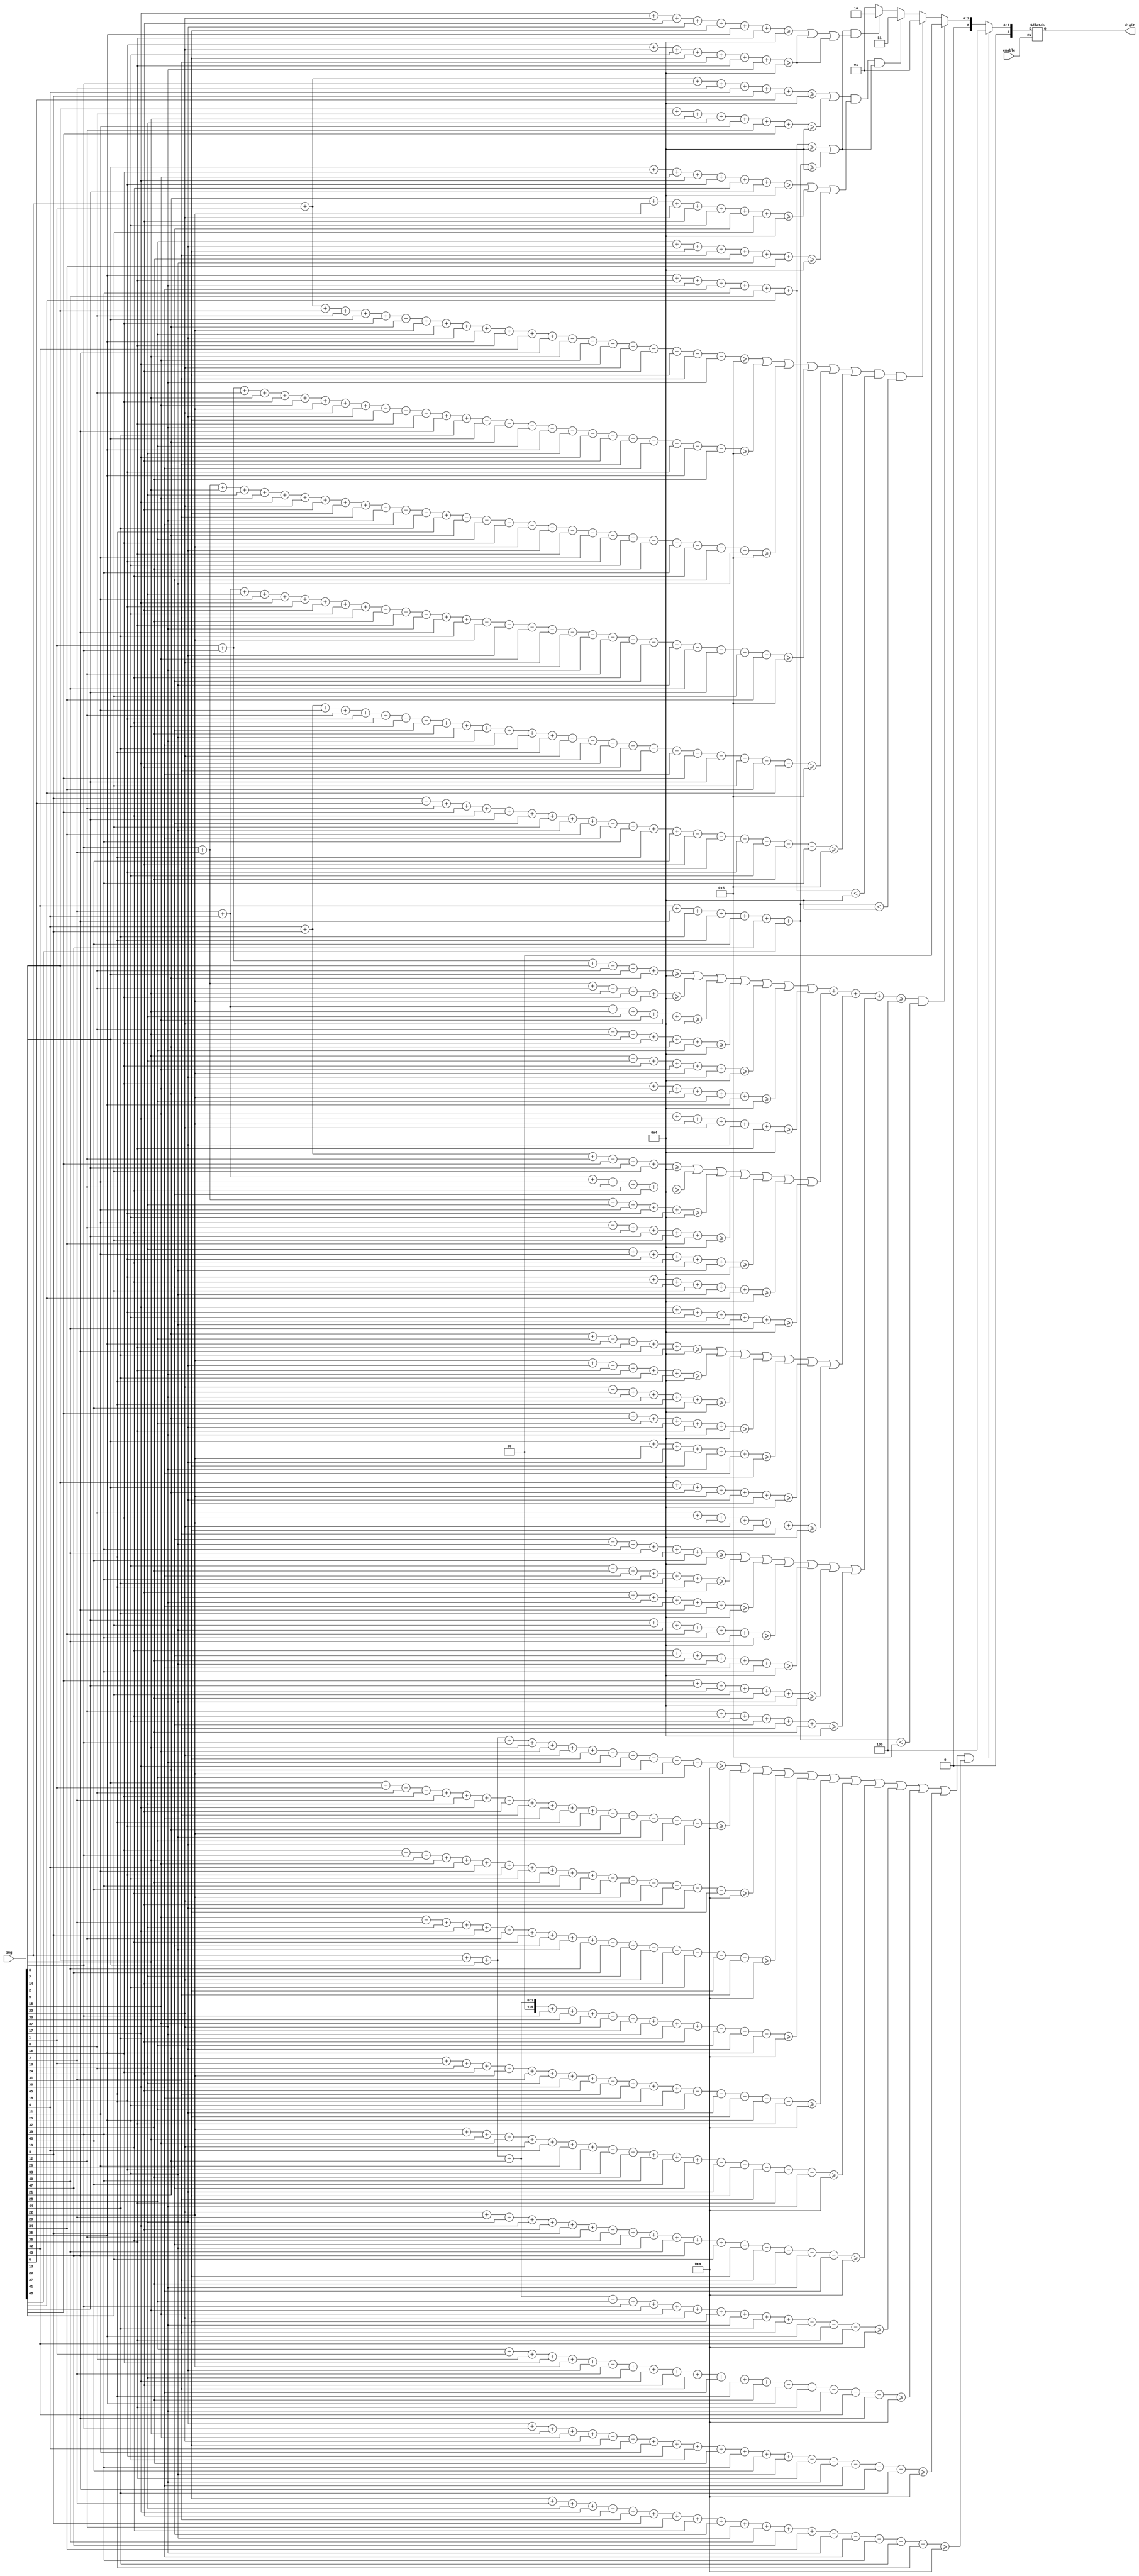
module predict(enable,img,digit);
	
	input enable;
	input [48:0] img;
	output reg [3:0] digit;
	
	wire signed [5:0] vert1, vert2, vert3, vert4, vert5, vert6,
						   curveul1, curveul2, curveul3, curveul4, curveul5, curveul6, curveul7,
						   curveur1, curveur2, curveur3, curveur4, curveur5, curveur6, curveur7,
						   curvell1, curvell2, curvell3, curvell4, curvell5, curvell6, curvell7,
						   curvelr1, curvelr2, curvelr3, curvelr4, curvelr5, curvelr6, curvelr7,
							horzh1, horzh2, horzm1, horzm2, horzm3, horzl1, horzl2,
						   fourm1, fourm2, fourm3, fourm4, fourh1, fourh2, fourh3, fourh4, fourl1, fourl2, fourl3, fourl4,
						   diag1, diag2, diag3;				 
	wire is0, is1, is2, is3, is4;

	wire signed [5:0] thresh0, thresh1, thresh2, thresh3, thresh4;
	assign thresh0 = 6'd4;
	assign thresh1 = 6'd5;
	assign thresh2 = 6'd3;
	assign thresh3 = 6'd4;
	assign thresh4 = 6'd10;
	
	assign vert1 = {5'b0,img[0]} + {5'b0,img[1]} + {5'b0,img[7]} + {5'b0,img[8]} + {5'b0,img[14]} + {5'b0,img[15]} + {5'b0,img[21]} + {5'b0,img[22]}
				+{5'b0,img[28]} + {5'b0,img[29]} + {5'b0,img[35]} + {5'b0,img[36]} + {5'b0,img[42]} + {5'b0,img[43]} - {5'b0,img[9]}
			   -{5'b0,img[16]} - {5'b0,img[17]} - {5'b0,img[23]} - {5'b0,img[24]} - {5'b0,img[30]} - {5'b0,img[31]} - {5'b0,img[37]} ;
	assign vert2 = {5'b0,img[1]} + {5'b0,img[2]} + {5'b0,img[8]} + {5'b0,img[9]} + {5'b0,img[15]} + {5'b0,img[16]} + {5'b0,img[22]} + {5'b0,img[23]}
				+ {5'b0,img[29]} + {5'b0,img[30]} + {5'b0,img[36]} + {5'b0,img[37]} + {5'b0,img[43]} + {5'b0,img[44]} - {5'b0,img[14]}
				- {5'b0,img[21]} - {5'b0,img[28]} - {5'b0,img[35]} - {5'b0,img[10]} - {5'b0,img[17]} - {5'b0,img[24]} - {5'b0,img[31]}
				- {5'b0,img[38]} - {5'b0,img[18]} - {5'b0,img[35]} - {5'b0,img[32]} ;
	assign vert3 = {5'b0,img[2]} + {5'b0,img[3]} + {5'b0,img[9]} + {5'b0,img[10]} + {5'b0,img[16]} + {5'b0,img[17]} + {5'b0,img[23]} + {5'b0,img[24]}
				+ {5'b0,img[30]} + {5'b0,img[31]} + {5'b0,img[37]} + {5'b0,img[38]} + {5'b0,img[44]} + {5'b0,img[45]} - {5'b0,img[21]}
				- {5'b0,img[28]} - {5'b0,img[15]} - {5'b0,img[22]} - {5'b0,img[29]} - {5'b0,img[36]} - {5'b0,img[11]} - {5'b0,img[18]}
				- {5'b0,img[25]} - {5'b0,img[32]} - {5'b0,img[39]} - {5'b0,img[19]} - {5'b0,img[26]} - {5'b0,img[33]} ;
	assign vert4 = {5'b0,img[3]} + {5'b0,img[4]} + {5'b0,img[10]} + {5'b0,img[11]} + {5'b0,img[17]} + {5'b0,img[18]} + {5'b0,img[24]} + {5'b0,img[25]}
				+ {5'b0,img[31]} + {5'b0,img[32]} + {5'b0,img[36]} + {5'b0,img[37]} + {5'b0,img[43]} + {5'b0,img[44]} - {5'b0,img[22]}
				- {5'b0,img[29]} - {5'b0,img[16]} - {5'b0,img[23]} - {5'b0,img[30]} - {5'b0,img[37]} - {5'b0,img[12]} - {5'b0,img[19]}
				- {5'b0,img[26]} - {5'b0,img[33]} - {5'b0,img[40]} - {5'b0,img[20]} - {5'b0,img[27]} - {5'b0,img[34]} ;
	assign vert5 = {5'b0,img[4]} + {5'b0,img[5]} + {5'b0,img[11]} + {5'b0,img[12]} + {5'b0,img[18]} + {5'b0,img[19]} + {5'b0,img[25]} + {5'b0,img[26]}
				+ {5'b0,img[32]} + {5'b0,img[33]} + {5'b0,img[37]} + {5'b0,img[38]} + {5'b0,img[44]} + {5'b0,img[45]} - {5'b0,img[23]}
				- {5'b0,img[30]} - {5'b0,img[17]} - {5'b0,img[24]} - {5'b0,img[31]} - {5'b0,img[38]} - {5'b0,img[13]} - {5'b0,img[20]}
				- {5'b0,img[27]} - {5'b0,img[34]} - {5'b0,img[41]} ;	
	assign vert6 = {5'b0,img[5]} + {5'b0,img[6]} + {5'b0,img[12]} + {5'b0,img[13]} + {5'b0,img[19]} + {5'b0,img[20]} + {5'b0,img[26]} + {5'b0,img[27]}
				+ {5'b0,img[33]} + {5'b0,img[34]} + {5'b0,img[38]} + {5'b0,img[39]} + {5'b0,img[45]} + {5'b0,img[46]} - {5'b0,img[24]}
				- {5'b0,img[31]} - {5'b0,img[18]} - {5'b0,img[25]} - {5'b0,img[32]} - {5'b0,img[39]} ;
				
	assign curveul1 = {5'b0,img[1]} + {5'b0,img[2]} + {5'b0,img[7]} + {5'b0,img[8]} + {5'b0,img[14]} + {5'b0,img[21]} ;
	assign curveul2 = {5'b0,img[2]} + {5'b0,img[3]} + {5'b0,img[8]} + {5'b0,img[9]} + {5'b0,img[15]} + {5'b0,img[22]} ;
	assign curveul3 = {5'b0,img[3]} + {5'b0,img[4]} + {5'b0,img[9]} + {5'b0,img[10]} + {5'b0,img[16]} + {5'b0,img[23]} ;
	assign curveul4 = {5'b0,img[8]} + {5'b0,img[9]} + {5'b0,img[14]} + {5'b0,img[15]} + {5'b0,img[21]} + {5'b0,img[28]} ;
	assign curveul5 = {5'b0,img[9]} + {5'b0,img[10]} + {5'b0,img[15]} + {5'b0,img[16]} + {5'b0,img[22]} + {5'b0,img[29]} ;
	assign curveul6 = {5'b0,img[15]} + {5'b0,img[16]} + {5'b0,img[21]} + {5'b0,img[22]} + {5'b0,img[28]} + {5'b0,img[35]} ; 
	assign curveul7 = {5'b0,img[16]} + {5'b0,img[17]} + {5'b0,img[22]} + {5'b0,img[23]} + {5'b0,img[29]} + {5'b0,img[36]} ;

	assign curveur1 = {5'b0,img[4]} + {5'b0,img[5]} + {5'b0,img[12]} + {5'b0,img[13]} + {5'b0,img[20]} + {5'b0,img[27]} ;
	assign curveur2 = {5'b0,img[3]} + {5'b0,img[4]} + {5'b0,img[11]} + {5'b0,img[12]} + {5'b0,img[19]} + {5'b0,img[26]} ;
	assign curveur3 = {5'b0,img[2]} + {5'b0,img[3]} + {5'b0,img[10]} + {5'b0,img[11]} + {5'b0,img[18]} + {5'b0,img[25]} ;
	assign curveur4 = {5'b0,img[11]} + {5'b0,img[12]} + {5'b0,img[19]} + {5'b0,img[20]} + {5'b0,img[27]} + {5'b0,img[34]} ;
	assign curveur5 = {5'b0,img[10]} + {5'b0,img[11]} + {5'b0,img[18]} + {5'b0,img[19]} + {5'b0,img[26]} + {5'b0,img[33]} ;
	assign curveur6 = {5'b0,img[18]} + {5'b0,img[19]} + {5'b0,img[26]} + {5'b0,img[27]} + {5'b0,img[33]} + {5'b0,img[41]} ;
	assign curveur7 = {5'b0,img[17]} + {5'b0,img[18]} + {5'b0,img[25]} + {5'b0,img[26]} + {5'b0,img[33]} + {5'b0,img[40]} ;

	assign curvell1 = {5'b0,img[21]} + {5'b0,img[28]} + {5'b0,img[35]} + {5'b0,img[36]} + {5'b0,img[43]} + {5'b0,img[44]} ;
	assign curvell2 = {5'b0,img[22]} + {5'b0,img[29]} + {5'b0,img[36]} + {5'b0,img[37]} + {5'b0,img[44]} + {5'b0,img[45]} ;
	assign curvell3 = {5'b0,img[23]} + {5'b0,img[30]} + {5'b0,img[37]} + {5'b0,img[38]} + {5'b0,img[45]} + {5'b0,img[46]} ;
	assign curvell4 = {5'b0,img[13]} + {5'b0,img[21]} + {5'b0,img[28]} + {5'b0,img[29]} + {5'b0,img[36]} + {5'b0,img[37]} ;	
	assign curvell5 = {5'b0,img[14]} + {5'b0,img[22]} + {5'b0,img[29]} + {5'b0,img[30]} + {5'b0,img[37]} + {5'b0,img[38]} ;
	assign curvell6 = {5'b0,img[7]} + {5'b0,img[14]} + {5'b0,img[21]} + {5'b0,img[22]} + {5'b0,img[29]} + {5'b0,img[30]} ;
	assign curvell7 = {5'b0,img[8]} + {5'b0,img[15]} + {5'b0,img[22]} + {5'b0,img[23]} + {5'b0,img[30]} + {5'b0,img[31]} ;

	assign curvelr1 = {5'b0,img[26]} + {5'b0,img[33]} + {5'b0,img[39]} + {5'b0,img[40]} + {5'b0,img[45]} + {5'b0,img[46]} ;
	assign curvelr2 = {5'b0,img[25]} + {5'b0,img[32]} + {5'b0,img[38]} + {5'b0,img[39]} + {5'b0,img[44]} + {5'b0,img[45]} ;
	assign curvelr3 = {5'b0,img[24]} + {5'b0,img[31]} + {5'b0,img[37]} + {5'b0,img[38]} + {5'b0,img[43]} + {5'b0,img[44]} ;
	assign curvelr4 = {5'b0,img[20]} + {5'b0,img[27]} + {5'b0,img[33]} + {5'b0,img[34]} + {5'b0,img[39]} + {5'b0,img[40]} ;
	assign curvelr5 = {5'b0,img[19]} + {5'b0,img[26]} + {5'b0,img[32]} + {5'b0,img[33]} + {5'b0,img[38]} + {5'b0,img[39]} ;
	assign curvelr6 = {5'b0,img[13]} + {5'b0,img[20]} + {5'b0,img[26]} + {5'b0,img[27]} + {5'b0,img[32]} + {5'b0,img[33]} ;
	assign curvelr7 = {5'b0,img[12]} + {5'b0,img[19]} + {5'b0,img[25]} + {5'b0,img[26]} + {5'b0,img[31]} + {5'b0,img[32]} ;

	assign horzh1 = {5'b0,img[0]} + {5'b0,img[1]} + {5'b0,img[2]} + {5'b0,img[3]} + {5'b0,img[4]} + {5'b0,img[5]} + {5'b0,img[6]} ;
	assign horzh2 = {5'b0,img[7]} + {5'b0,img[8]} + {5'b0,img[9]} + {5'b0,img[10]} + {5'b0,img[11]} + {5'b0,img[12]} + {5'b0,img[13]} ;
	assign horzm1 = {5'b0,img[14]} + {5'b0,img[15]} + {5'b0,img[16]} + {5'b0,img[17]} + {5'b0,img[18]} + {5'b0,img[19]} + {5'b0,img[20]} ;
	assign horzm2 = {5'b0,img[21]} + {5'b0,img[22]} + {5'b0,img[23]} + {5'b0,img[24]} + {5'b0,img[25]} + {5'b0,img[26]} + {5'b0,img[27]} ;
	assign horzm3 = {5'b0,img[28]} + {5'b0,img[29]} + {5'b0,img[30]} + {5'b0,img[31]} + {5'b0,img[32]} + {5'b0,img[33]} + {5'b0,img[34]} ;	
	assign horzl1 = {5'b0,img[35]} + {5'b0,img[36]} + {5'b0,img[37]} + {5'b0,img[38]} + {5'b0,img[39]} + {5'b0,img[40]} + {5'b0,img[41]} ;
	assign horzl2 = {5'b0,img[42]} + {5'b0,img[43]} + {5'b0,img[44]} + {5'b0,img[45]} + {5'b0,img[46]} + {5'b0,img[47]} + {5'b0,img[48]} ;


	assign fourm1 = {5'b0,img[0]} + {5'b0,img[7]} + {5'b0,img[14]} + {5'b0,img[21]} + {5'b0,img[2]} + {5'b0,img[9]} + {5'b0,img[16]}
				+ {5'b0,img[23]} + {5'b0,img[30]} + {5'b0,img[37]} + {5'b0,img[44]} + {5'b0,img[24]} - {5'b0,img[28]} - {5'b0,img[29]} - {5'b0,img[35]} ;
	assign fourm2 = {5'b0,img[21]} + {5'b0,img[1]} + {5'b0,img[8]} + {5'b0,img[15]} + {5'b0,img[22]} + {5'b0,img[3]} + {5'b0,img[10]}
				+ {5'b0,img[17]} + {5'b0,img[24]} + {5'b0,img[31]} + {5'b0,img[38]} + {5'b0,img[45]} + {5'b0,img[25]} - {5'b0,img[28]} - {5'b0,img[29]}
				- {5'b0,img[30]} - {5'b0,img[35]} - {5'b0,img[36]} ;
	assign fourm3 = {5'b0,img[22]} + {5'b0,img[2]} + {5'b0,img[9]} + {5'b0,img[16]} + {5'b0,img[23]} + {5'b0,img[4]} + {5'b0,img[11]}
				+ {5'b0,img[18]} + {5'b0,img[25]} + {5'b0,img[32]} + {5'b0,img[39]} + {5'b0,img[46]} + {5'b0,img[26]} - {5'b0,img[29]} - {5'b0,img[30]}
				- {5'b0,img[31]} - {5'b0,img[36]} - {5'b0,img[37]} ;
	assign fourm4 = {5'b0,img[23]} + {5'b0,img[3]} + {5'b0,img[10]} + {5'b0,img[17]} + {5'b0,img[24]} + {5'b0,img[5]} + {5'b0,img[12]}
				+ {5'b0,img[19]} + {5'b0,img[26]} + {5'b0,img[33]} + {5'b0,img[40]} + {5'b0,img[47]} + {5'b0,img[27]} - {5'b0,img[30]} - {5'b0,img[31]}
				- {5'b0,img[32]} - {5'b0,img[37]} - {5'b0,img[38]} ;
	assign fourm5 = {5'b0,img[24]} + {5'b0,img[4]} + {5'b0,img[11]} + {5'b0,img[18]} + {5'b0,img[25]} + {5'b0,img[6]} + {5'b0,img[13]}
				+ {5'b0,img[20]} + {5'b0,img[27]} + {5'b0,img[34]} + {5'b0,img[41]} + {5'b0,img[48]} - {5'b0,img[31]} - {5'b0,img[32]} - {5'b0,img[33]}
				- {5'b0,img[38]} - {5'b0,img[39]} ;

	assign fourh1 = {5'b0,img[0]} + {5'b0,img[7]} + {5'b0,img[14]} + {5'b0,img[2]} + {5'b0,img[9]} + {5'b0,img[16]} + {5'b0,img[23]} + {5'b0,img[30]}
				+ {5'b0,img[37]} + {5'b0,img[17]} - {5'b0,img[21]} - {5'b0,img[22]} - {5'b0,img[28]} ;
	assign fourh2 = {5'b0,img[14]} + {5'b0,img[1]} + {5'b0,img[8]} + {5'b0,img[15]} + {5'b0,img[3]} + {5'b0,img[10]} + {5'b0,img[17]} + {5'b0,img[24]}
				+ {5'b0,img[31]} + {5'b0,img[38]} + {5'b0,img[45]} + {5'b0,img[18]} - {5'b0,img[21]} - {5'b0,img[22]} - {5'b0,img[33]} - {5'b0,img[28]}
				- {5'b0,img[29]} ;
	assign fourh3 = {5'b0,img[15]} + {5'b0,img[2]} + {5'b0,img[9]} + {5'b0,img[16]} + {5'b0,img[4]} + {5'b0,img[11]} + {5'b0,img[18]} + {5'b0,img[25]}
				+ {5'b0,img[32]} + {5'b0,img[39]} + {5'b0,img[46]} + {5'b0,img[19]} - {5'b0,img[22]} - {5'b0,img[23]} - {5'b0,img[24]} - {5'b0,img[29]}
				- {5'b0,img[30]} ;
	assign fourh4 = {5'b0,img[16]} + {5'b0,img[3]} + {5'b0,img[10]} + {5'b0,img[17]} + {5'b0,img[5]} + {5'b0,img[12]} + {5'b0,img[19]} + {5'b0,img[26]}
				+ {5'b0,img[33]} + {5'b0,img[40]} + {5'b0,img[47]} + {5'b0,img[10]} - {5'b0,img[23]} - {5'b0,img[24]} - {5'b0,img[25]} - {5'b0,img[30]}
				- {5'b0,img[31]} ;
	assign fourh5 = {5'b0,img[17]} + {5'b0,img[4]} + {5'b0,img[11]} + {5'b0,img[18]} + {5'b0,img[6]} + {5'b0,img[13]} + {5'b0,img[20]} + {5'b0,img[27]}
				+ {5'b0,img[34]} + {5'b0,img[41]} + {5'b0,img[48]} - {5'b0,img[24]} - {5'b0,img[25]} - {5'b0,img[26]} - {5'b0,img[31]} - {5'b0,img[32]} ;

	assign fourl1 = {5'b0,img[0]} + {5'b0,img[7]} + {5'b0,img[14]} + {5'b0,img[21]} + {5'b0,img[28]} + {5'b0,img[2]} + {5'b0,img[9]} + {5'b0,img[16]}
				+ {5'b0,img[23]} + {5'b0,img[30]} + {5'b0,img[37]} + {5'b0,img[44]} + {5'b0,img[31]} - {5'b0,img[35]} - {5'b0,img[36]} - {5'b0,img[42]} ;
	assign fourl2 = {5'b0,img[28]} + {5'b0,img[1]} + {5'b0,img[8]} + {5'b0,img[15]} + {5'b0,img[22]} + {5'b0,img[29]} + {5'b0,img[3]} + {5'b0,img[10]}
				+ {5'b0,img[17]} + {5'b0,img[24]} + {5'b0,img[31]} + {5'b0,img[38]} + {5'b0,img[45]} + {5'b0,img[32]} - {5'b0,img[35]} - {5'b0,img[36]}
				- {5'b0,img[37]} - {5'b0,img[42]} - {5'b0,img[43]} ;
	assign fourl3 = {5'b0,img[29]} + {5'b0,img[2]} + {5'b0,img[9]} + {5'b0,img[16]} + {5'b0,img[23]} + {5'b0,img[30]} + {5'b0,img[4]} + {5'b0,img[11]}
				+ {5'b0,img[18]} + {5'b0,img[25]} + {5'b0,img[32]} + {5'b0,img[39]} + {5'b0,img[46]} + {5'b0,img[33]} - {5'b0,img[36]} - {5'b0,img[37]}
				- {5'b0,img[38]} - {5'b0,img[43]} - {5'b0,img[44]} ;
	assign fourl4 = {5'b0,img[30]} + {5'b0,img[3]} + {5'b0,img[10]} + {5'b0,img[17]} + {5'b0,img[24]} + {5'b0,img[31]} + {5'b0,img[5]} + {5'b0,img[12]}
				+ {5'b0,img[19]} + {5'b0,img[26]} + {5'b0,img[33]} + {5'b0,img[40]} + {5'b0,img[47]} + {5'b0,img[34]} - {5'b0,img[37]} - {5'b0,img[38]}
				- {5'b0,img[39]} - {5'b0,img[44]} - {5'b0,img[45]} ;
	assign fourl5 = {5'b0,img[31]} + {5'b0,img[4]} + {5'b0,img[11]} + {5'b0,img[18]} + {5'b0,img[25]} + {5'b0,img[32]} + {5'b0,img[6]} + {5'b0,img[13]}
				+ {5'b0,img[20]} + {5'b0,img[27]} + {5'b0,img[34]} + {5'b0,img[41]} + {5'b0,img[48]} - {5'b0,img[38]} - {5'b0,img[39]} - {5'b0,img[40]}
				- {5'b0,img[45]} - {5'b0,img[46]} ;

	assign diag1 = {5'b0,img[17]} + {5'b0,img[23]} + {5'b0,img[24]} + {5'b0,img[29]} + {5'b0,img[30]} + {5'b0,img[35]} + {5'b0,img[36]} ;
	assign diag2 = {5'b0,img[18]} + {5'b0,img[23]} + {5'b0,img[25]} + {5'b0,img[30]} + {5'b0,img[31]} + {5'b0,img[36]} + {5'b0,img[37]} ;
	assign diag3 = {5'b0,img[19]} + {5'b0,img[24]} + {5'b0,img[26]} + {5'b0,img[31]} + {5'b0,img[32]} + {5'b0,img[37]} + {5'b0,img[38]} ;

	
	
	assign is4 = (fourh1 >= $signed(thresh4)) | (fourh2 >= $signed(thresh4)) | (fourh3 >= $signed(thresh4)) | (fourh4 >= $signed(thresh4))
					 | (fourm1 >= $signed(thresh4)) | (fourm2 >= $signed(thresh4)) | (fourm3 >= $signed(thresh4)) | (fourm4 >= $signed(thresh4))
					 | (fourl1 >= $signed(thresh4)) | (fourl2 >= $signed(thresh4)) | (fourl3 >= $signed(thresh4)) | (fourl4 >= $signed(thresh4));
					 
	assign is0ul = (curveul1 >= thresh0) | (curveul2 >= thresh0) | (curveul3 >= thresh0) | (curveul4 >= thresh0)
						| (curveul5 >= thresh0) | (curveul6 >= thresh0) | (curveul7 >= thresh0);
	assign is0ur = (curveur1 >= thresh0) | (curveur2 >= thresh0) | (curveur3 >= thresh0) | (curveur4 >= thresh0)
						| (curveur5 >= thresh0) | (curveur6 >= thresh0) | (curveur7 >= thresh0);
	assign is0ll = (curvell1 >= thresh0) | (curvell2 >= thresh0) | (curvell3 >= thresh0) | (curvell4 >= thresh0)
						| (curvell5 >= thresh0) | (curvell6 >= thresh0) | (curvell7 >= thresh0);
	assign is0lr = (curvelr1 >= thresh0) | (curvelr2 >= thresh0) | (curvelr3 >= thresh0) | (curvelr4 >= thresh0)
						| (curvelr5 >= thresh0) | (curvelr6 >= thresh0) | (curvelr7 >= thresh0);
	assign is0 = ({2'b0, is0ul} + {2'b0,is0ur} + {2'b0,is0ll} + {2'b0, is0lr} >= 3'd4) & (horzl2 < 5);
	
	assign is3 = ((horzh1 >= thresh3) | (horzh2 >= thresh3)) & ((horzm1 >= thresh3) | (horzm2 >= thresh3) | (horzm3 >= thresh3))
						& ((horzl1 >= thresh3) | (horzl2 >= thresh3));
	
	assign is1 = ((vert1 >= thresh1) | (vert2 >= thresh1) | (vert3 >= thresh1) | (vert4 >= thresh1) | (vert5 >= thresh1) | (vert6 >= thresh1))
						& (horzl1 < thresh3) & (horzl2 < thresh3);
	
	assign is2 = ((horzl1 >= thresh3) | (horzl2 >= thresh3)) & ((diag1 >= thresh3) | (diag2 >= thresh3) | (diag2 >= thresh3));
	
	always @*
	begin
		if (enable == 1'b1)
		begin
			if (is4 == 1'b1)
				digit <= 4'd4;
			else if (is0 == 1'b1)
				digit <= 4'd0;
			else if (is1 == 1'b1)
				digit <= 4'd1;
			else if (is3 == 1'b1)
				digit <= 4'd3;
			else if (is2 == 1'b1)
				digit <= 4'd2;
			else
				digit <= 4'd1;			
		end
	end
endmodule